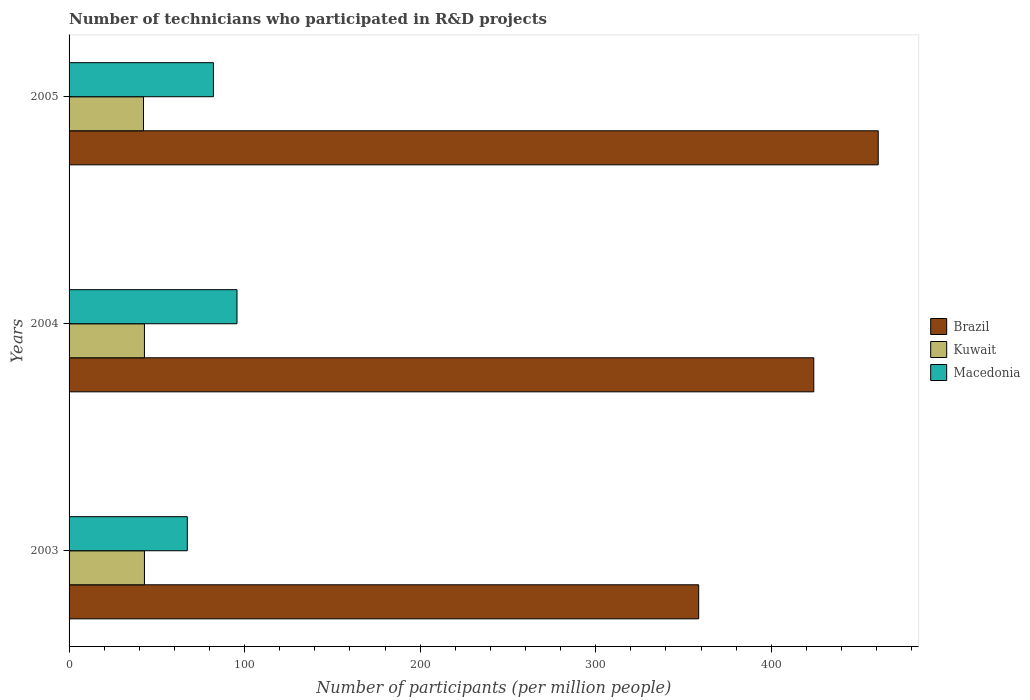
| Years | Brazil | Kuwait | Macedonia |
 | --- | --- | --- | --- |
 | 2003 | 359 | 42.9 | 67.4 |
 | 2004 | 424 | 42.9 | 95.7 |
 | 2005 | 461 | 42.4 | 82.2 |